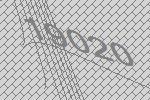
19020